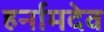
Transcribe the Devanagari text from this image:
हर्नामदेव